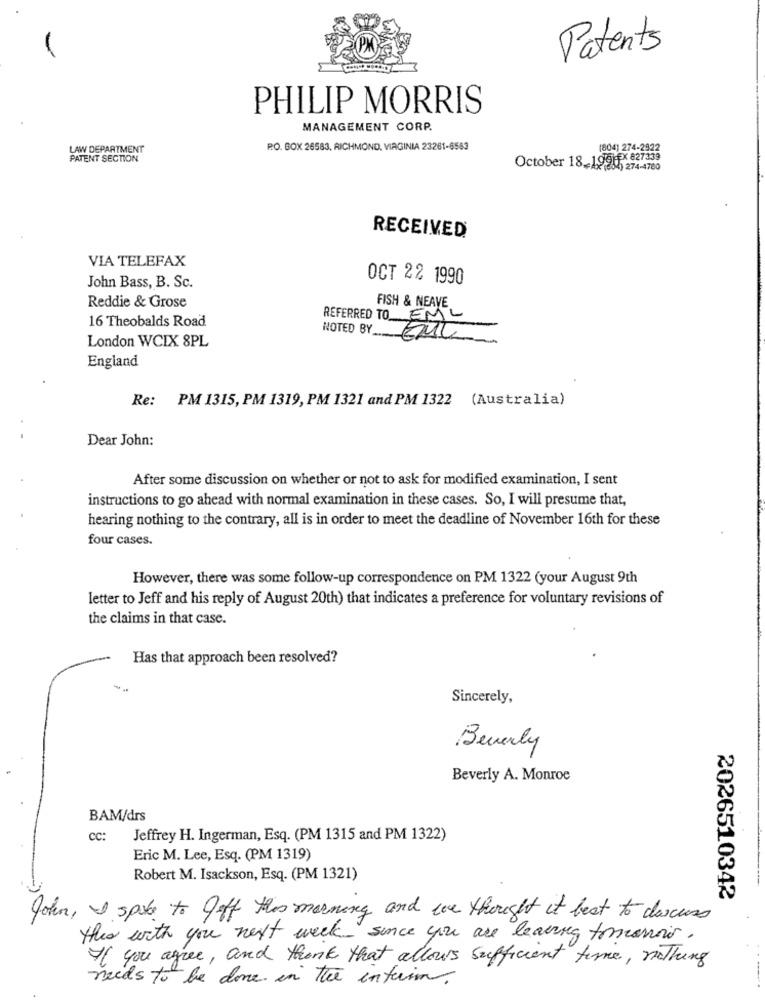
Patents
PHILIP MORRIS
MANAGEMENT CORP.
LAW DEPARTMENT
R.O. BOX 26583, RICHMOND, VIRGINIA 23261-6553
(804) 274-2922
PATENT SECTION
October 18 __ 199HEX 827339
FAX (304) 274-4780
RECEIVED
VIA TELEFAX
OCT 22 1990
John Bass, B. Sc.
Reddie & Grose
FISH & NEAVE
16 Theobalds Road
NOTED BY _..
London WCIX 8PL
REFERRED TO EME
England
Re: PM 1315, PM 1319, PM 1321 and PM 1322 (Australia)
Dear John:
After some discussion on whether or not to ask for modified examination, I sent
instructions to go ahead with normal examination in these cases. So, I will presume that,
hearing nothing to the contrary, all is in order to meet the deadline of November 16th for these
four cases.
However, there was some follow-up correspondence on PM 1322 (your August 9th
letter to Jeff and his reply of August 20th) that indicates a preference for voluntary revisions of
the claims in that case.
Has that approach been resolved?
Sincerely,
Beverly
Beverly A. Monroe
BAM/drs
cc:
Jeffrey H. Ingerman, Esq. (PM 1315 and PM 1322)
Eric M. Lee, Esq. (PM 1319)
Robert M. Isackson, Esq. (PM 1321)
2026510342
John, I spoke to Jeff this morning and we thought it best to daruss
this with you next week since you are leaving tomorrow.
If you agree, and think that allows sufficient time, nothing
needs to be done in the interim.